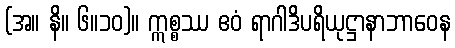
(အ။ နိ။ ၆။၁၀)။ ဣစ္စဿ ဧဝံ ရာဂါဒိပရိယုဋ္ဌာနာဘာဝေန